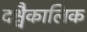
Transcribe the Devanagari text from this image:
दश्वैकालिक